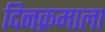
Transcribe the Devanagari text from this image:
दिनक्रमाला